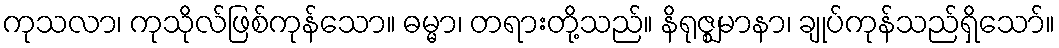
ကုသလာ၊ ကုသိုလ်ဖြစ်ကုန်သော။ ဓမ္မာ၊ တရားတို့သည်။ နိရုဇ္ဈမာနာ၊ ချုပ်ကုန်သည်ရှိသော်။